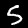
Label: 5